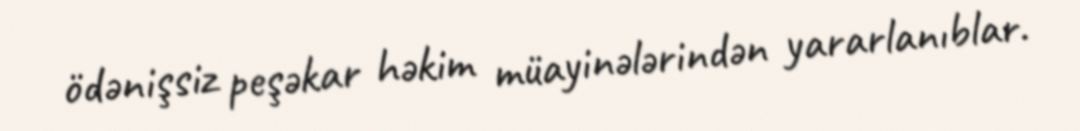
ödənişsiz peşəkar həkim müayinələrindən yararlanıblar.